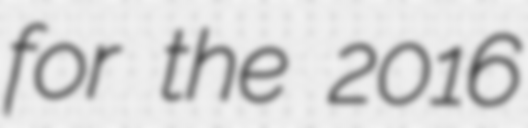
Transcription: for the 2016